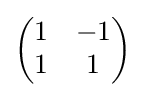
{\begin{pmatrix}1&-1\\1&1\end{pmatrix}}